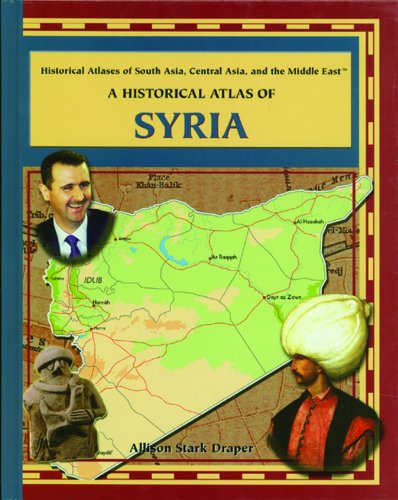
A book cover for A Historical Atlas of Syria (Historical Atlases of South Asia, Central Asia and the Middle East); Allison Stark Draper; Children's Books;